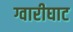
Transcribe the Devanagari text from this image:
ग्वारीघाट